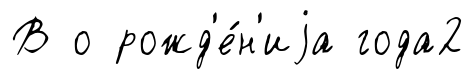
В о рожд'е́н'иjа года2